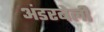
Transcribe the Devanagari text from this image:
अंडरबेली